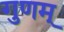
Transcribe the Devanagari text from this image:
गुणम्